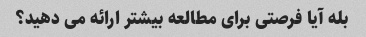
بله آیا فرصتی برای مطالعه بیشتر ارائه می دهید؟